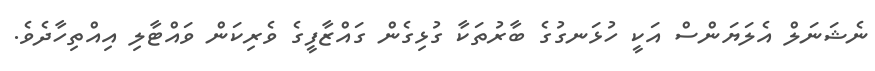
ނެޝަނަލް އެލަޔަންސް އަކީ ހުޅަނގުގެ ބާރުތަކާ ގުޅިގެން ގައްޒާފީގެ ވެރިކަން ވައްޓާލި އިއްތިހާދެވެ.